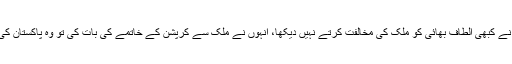
بانی ایم کیو ایم کے را سے تعلقات پر عشرت العباد نے کہا میں نے کبھی الطاف بھائی کو ملک کی مخالفت کرتے نہیں دیکھا، انہوں نے ملک سے کرپشن کے خاتمے کی بات کی تو وہ پاکستان کی بھلائی کے لیے ہی تھی، میرا نہیں خیال کہ وہ ملک دشمن ہیں۔